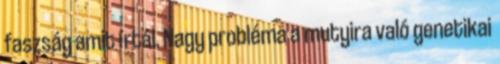
faszság amit írtál. Nagy probléma a mutyira való genetikai